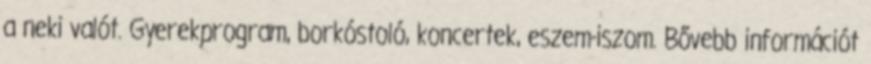
a neki valót. Gyerekprogram, borkóstoló, koncertek, eszem-iszom. Bővebb információt